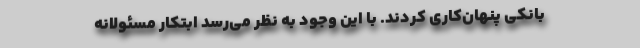
بانکی پنهان‌کاری کردند. با این وجود به نظر می‌رسد ابتکار مسئولانه